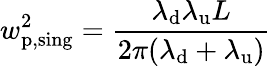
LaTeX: w_{\mathrm{p,sing}}^{2}=\frac{\lambda_{\mathrm{d}}\lambda_{\mathrm{u}}L}{2\pi(\lambda_{\mathrm{d}}+\lambda_{\mathrm{u}})}